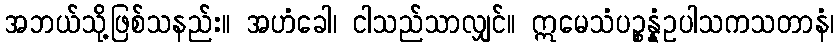
အဘယ်သို့ဖြစ်သနည်း။ အဟံခေါ၊ ငါသည်သာလျှင်။ ဣမေသံပဉ္စန္နံဥပါသကသတာနံ၊